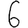
Digit: 6